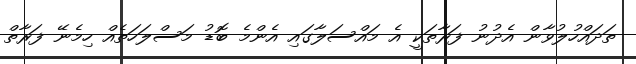
ތަދައްހުލުވާން އެދުނު ފަރާތަކީ އެ މައްސަލާގައި އެންމެ ބޮޑު މަސްލަހަތެއް ހިމެނޭ ފަރާތް